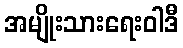
အမျိုးသားရေးဝါဒီ